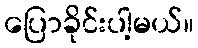
ပြောခိုင်းပါ့မယ်။